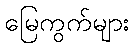
မြေကွက်များ